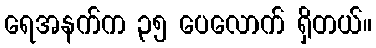
ရေအနက်က ၃၅ ပေလောက် ရှိတယ်။